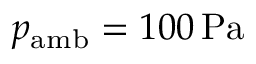
p _ { \mathrm { a m b } } = 1 0 0 \, \mathrm { P a }